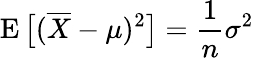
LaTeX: \operatorname{E}{\big[}({\overline{{X}}}-\mu)^{2}{\big]}={\frac{1}{n}}\sigma^{2}